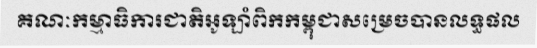
គណៈកម្មាធិការជាតិអូឡាំពិកកម្ពុជាសម្រេចបានលទ្ធផល